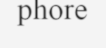
phore